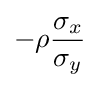
-\rho {\frac {\sigma _{x}}{\sigma _{y}}}